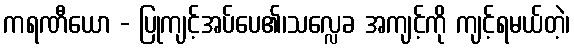
ကရဏီယော - ပြုကျင့်အပ်ပေ၏၊သလ္လေခ အကျင့်ကို ကျင့်ရမယ်တဲ့၊